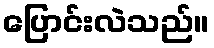
ပြောင်းလဲသည်။